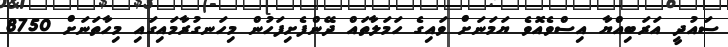
ސައުދީ އަރަބިއްޔާ އިސްވެއޮވެ ޔަމަނަށް ވައިގެ ހަމަލާތައް ދޭންފެށިފަހުން މިހަނގުރާމައިގައި މިހާތަނަށް 8750